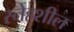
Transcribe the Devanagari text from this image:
स्नेहशील